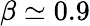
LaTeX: \beta\simeq 0.9